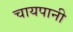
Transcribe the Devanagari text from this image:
चायपानी